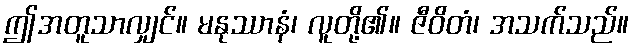
ဤအတူသာလျှင်။ မနုဿာနံ၊ လူတို့၏။ ဇီဝိတံ၊ အသက်သည်။